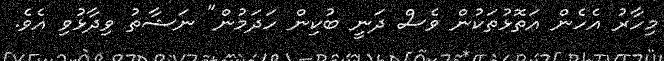
މިހާރު އެހެން އަތޮޅުތަކުން ވެސް ދަނީ ބުކިން ހަދަމުން" ނަޝާތު ވިދާޅުވި އެވެ.